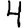
Digit: 4